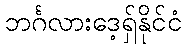
ဘင်္ဂလားဒေ့ရှ်နိုင်ငံ